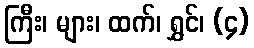
ကြီး၊ များ၊ ထက်၊ ရွှင်၊ (၄)